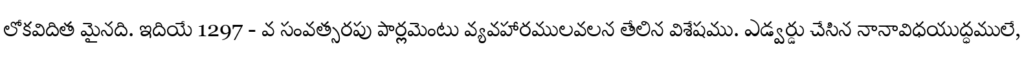
లోకవిదిత మైనది. ఇదియే 1297 - వ సంవత్సరపు పార్లమెంటు వ్యవహారములవలన తేలిన విశేషము. ఎడ్వర్డు చేసిన నానావిధయుద్ధములే,